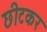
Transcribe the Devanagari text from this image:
छीटकर